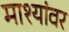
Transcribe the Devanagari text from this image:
माश्यांवर